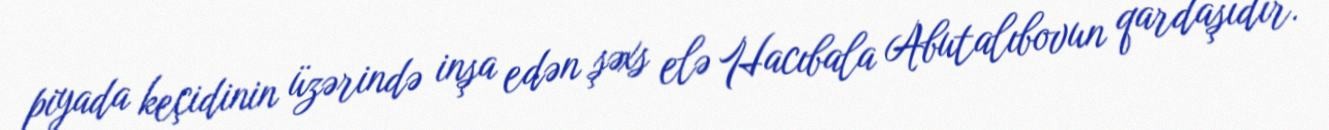
piyada keçidinin üzərində inşa edən şəxs elə Hacıbala Abutalıbovun qardaşıdır.